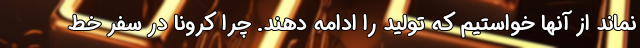
نماند از آنها خواستیم که تولید را ادامه دهند. چرا کرونا در سفر خط